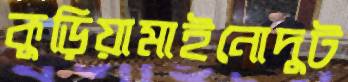
কুড়িয়ামাইনোদুট